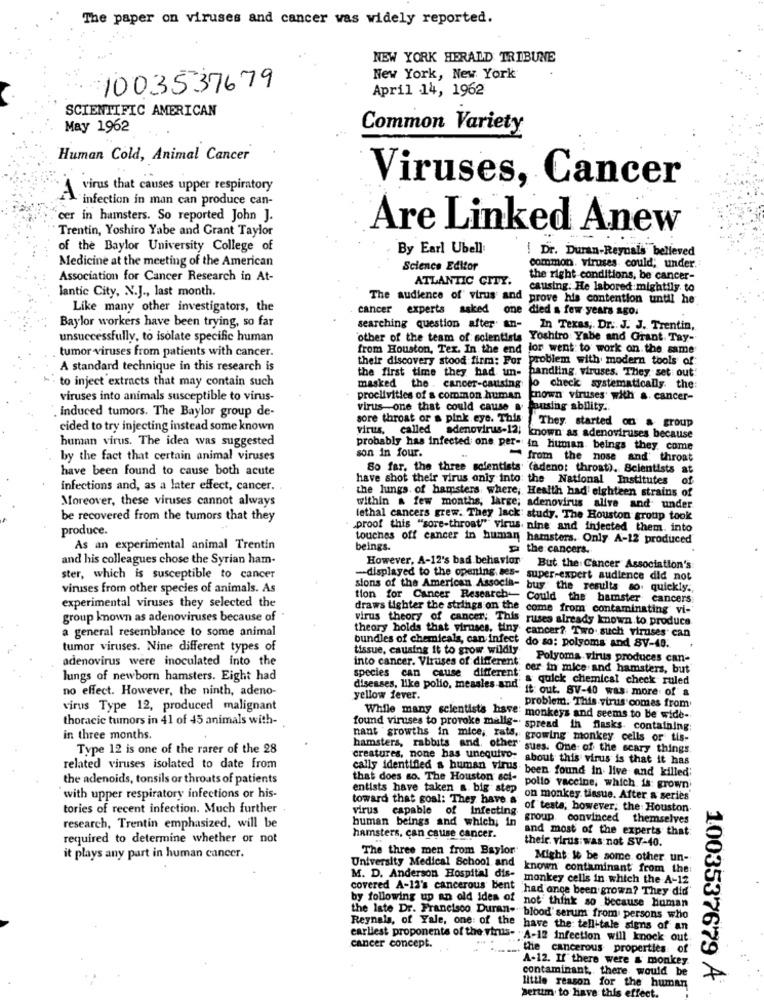
The paper on viruses and cancer was widely reported.
NEW YORK HERALD TRIBUNE
New York, New York
1003537679
April 14, 1962
SCIENTIFIC AMERICAN
May 1962
Common Variety
Human Cold, Animal Cancer
Viruses, Cancer
virus that causes upper respiratory
A
infection in man can produce can-
'cer in hamsters. So reported John J.
Trentin, Yoshiro Yabe and Grant Taylor
Are Linked Anew
of the Baylor University College of
By Earl Ubell
Medicine at the meeting of the American
Dr. Duran-Reynals belleved
Science Editor
common. viruses could; under.
Association for Cancer Research in At-
ATLANTIC CITY.
the right conditions, be cancer-
Jantic City, N.J ., last month.
causing. He labored mightily. to
The audience of" virus and
prove his contention until he
Like many other investigators, the
cancer
experts asked one died a few years ago.
Baylor workers have been trying, so far
searching question after an- In Texas ,. Dr. J. J. Trentin,
unsuccessfully, to isolate specific human
'other of the team of scientists Yoshiro Yabe and Grant. Tay-
tumor viruses from patients with cancer.
from Houston, Tex. In the end
lor went to work on the same
their discovery stood firm: Por
problem with modern tools of
A standard technique in this research is
the first time they had un-
handling, viruses. They set out'
"" to inject extracts that may contain such
masked the . cancer-causing
lo check systematically. the
viruses into animals susceptible to virus-
proclivities of a common human
cnown viruses with a cancer-
induced tumors. The Baylor group de-
virus one that could cause &
ausing ability ..
sore throat or a pink eye. This
cided to try injecting instead some known
virus, called adenovirus-12;
They started on & group
human virus. The idea was suggested
known as adenoviruses because
probably has infected one per- in human beings they come
son in four.
by the fact that certain animal viruses
from the nose and throat
have been found to cause both acute
So far, the three scientists (adeno; throat). Scientists at
have shot their virus only into the National Institutes
of
infections and, as a later effect, cancer ..
the lungs. of hamsters where, Health had' eighteen strains of
Moreover, these viruses cannot always
within a few months, large; adenovirus alive and under
be recovered from the tumors that they
lethal cancers grew. They lack: study. The Houston group took
produce.
proof this "sore-throat""" Virus. nine and injected them. into
touches off cancer in human hamsters. Only A-12 produced
As an experimental animal Trentin
beings.
the cancers.
and his colleagues chose the Syrian ham-
However, A-12's bad behavior But the Cancer Association's
ster, which is susceptible to cancer
-displayed to the opening. ses- super-expert audience did not
viruses from other species of animals. As
sions of the American Associa- buy the results so quickly .,
experimental viruses they selected the
tion for Cancer Research- Could the hamster cancers
draws tighter the strings on the come from contaminating vi-
group known as adenoviruses because of
virus theory of cancer: This ruses already known to produce
a general resemblance to some animal
theory holds that viruses, tiny cancer? Two. such viruses' can
tumor viruses. Nine different types of
tissue, causing it to grow wildly
bundles of chemicals, can infect do so: polyoms and SV-49 ..
adenovirus were inoculated into the
into cancer. Viruses of different
Polyoma virus produces can-
species can cause different:
; cer in mice and hamsters, but
lungs of newborn hamsters. Eight had
:& quick chemical check ruled
no effect. However, the ninth, adeno-
diseases, like polio, measles and'
it: out. SV-40 was more of a
yellow fever.
virus Type 12, produced malignant
problem. This virus comes from
thoracic tumors in 41 of 45 animals with-
While many scientists have: monkeys and seems to be wide-
found viruses to provoke malls- spread in flasks containing
in three months.
nant growths in mice, rats, growing monkey cells or tis-
Type 12 is one of the rarer of the 28
hamsters, rabbits and, other
"sues. One of the scary things.
creatures, none has unequivo: about this virus is that it has
related viruses isolated to date from
cally identified a human virus been found in live and killed;
the adenoids, tonsils or throats of patients
that does so. The Houston sol- pollo vaccine, which is: grown.
entists have taken a. big step
with upper respiratory infections or his-
on monkey. tissue. After a series
tories of recent infection. Much further
toward that goal: They have & of testa, however, the Houston
virus capable of infecting
human beings and which; in
group. convinced themselves
research, Trentin emphasized, will be
and most of the experts that:
required to determine whether or not
hamsters, can cause cancer.
their. virus:was not SV-40.
The three men from Baylor
it plays any part in human cancer.
Might #t be some other un-
University Medical School and known contaminant from the:
M. D. Anderson Hospital dis-
monkey cells in which the A-12
covered A-12's cancerous bent
had ance been grown? They did'
by following up an old idea of not think so because human
the Iste Dr. Francisco Duran- blood' serum from persons who
Reynals, of Yale, one: of the have the tell-tale signs of an
earliest proponents of the virus- A-12 Infection will knock out
cancer concept.
the cancerous properties of
A-12. If there were & monkey.
contaminant, there would be
little reason for the human
1003537679 A
serum to have this ef